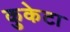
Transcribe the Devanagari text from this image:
कुकेटा